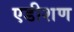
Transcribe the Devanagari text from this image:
एडीशण